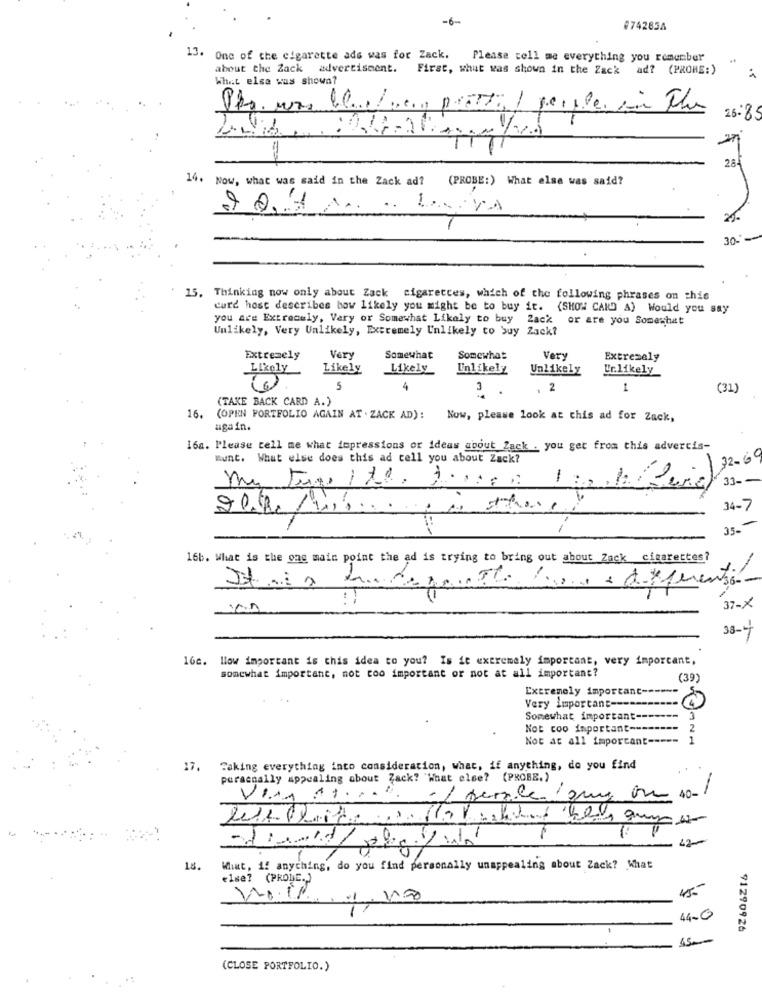
-6-
0742854
13.
One of the cigarette ads was for Zack.
Please tell me everything you remember
about the Zack advertiscent.
First, what was shown in the Zack ad? (PROHE:)
What else was shown?
25- 8
28
14. Now, what was said in the Zack ad? (PROBE:) What else was said?
30-
15. Thinking now only about Zack cigaretces, which of the following phrases on this
curd host describes how likely you might be to buy it. (SHOW CARD A) Would you say
you are Extremely, Very or Somewhat Likely to buy Zack or are you Somewhat
Unlikely, Very Unlikely, Extremely Unlikely to buy Zack?
Extremely
Very
Somewhat
Somewhat
Very
Extremely
Likely
Likely
Unlikely
Unlikely
Ur.likely
Likely
5
4
3 .
.
1
(31)
16.
(TAKE BACK CARD A.)
(OPEN PORTFOLIO AGAIN AT . ZACK AD) :
Now, please look at this ad for Zack,
again.
16a. Please tell me what impressions or ideas about Zack . you get from this advertis-
Bunt. What else does this ad cell you about Zack?
32-69
-
33 --
34-7
35 .-
16b. What is the one main point the ad is trying to bring out about Zack cigarettes?
-
37-X
33-4
16c. How important is this idea to you? Is it extremely important, very important,
somewhat important, not too important or not at all important?
(39)
Extremely important-
--
Very important ------
Somewhat important-
3
Not coo important ---
Not at all important ----
17. Taking everything into consideration, what, if anything, do you find
personally appealing about Zack? 'What else? (PROBE.)
Viay ateraz
-/ semle que ou 10-
What, if anything, do you find personally unappealing about Zack? What
else? (PRODE.)
1
44.0
91290926
(CLOSE PORTFOLIO.)